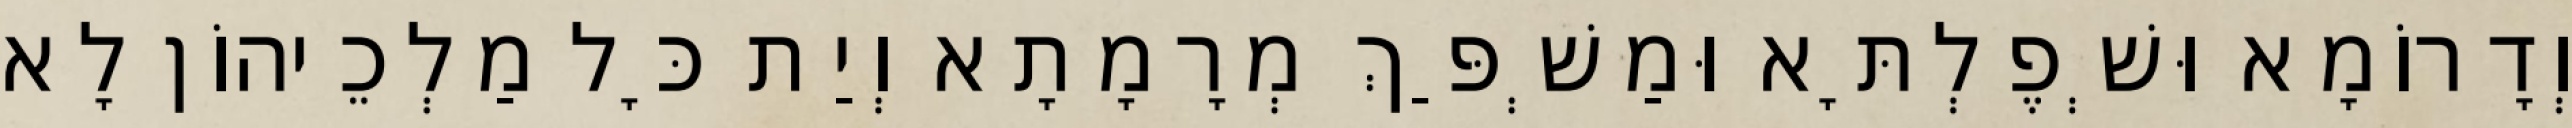
וְדָרוֹמָא וּשְׁפֶלְתָּא וּמַשְׁפַּךְ מְרָמָתָא וְיַת כָּל מַלְכֵיהוֹן לָא